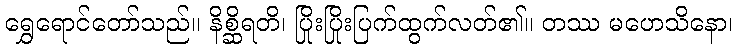
ရွှေရောင်တော်သည်။ နိစ္ဆိရတိ၊ ပြိုးပြိုးပြက်ထွက်လတ်၏။ တဿ မဟေသိနော၊